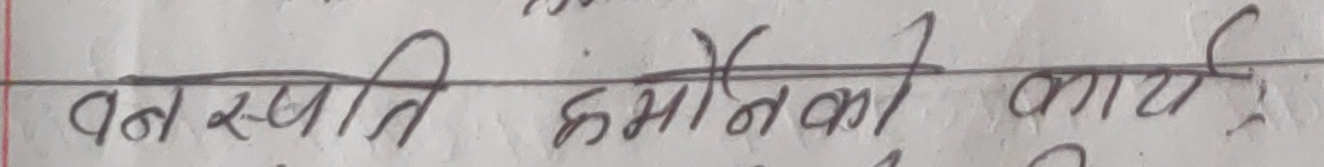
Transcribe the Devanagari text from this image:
वन स्वीकृति कमेटीको कार्य